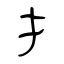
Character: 扌